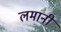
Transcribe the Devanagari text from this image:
लमानी